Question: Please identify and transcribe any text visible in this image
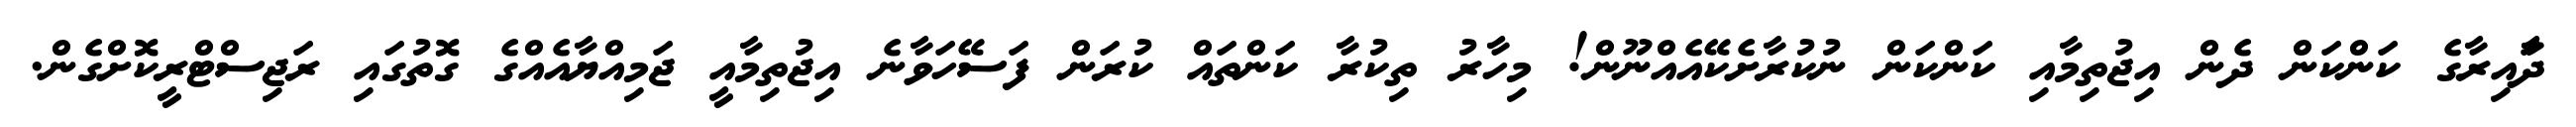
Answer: ދަާއިރާގެ ކަންކަން ދެން އިޖުތިމާއި ކަންކަން ނުކުރާށެކޭއެއްނޫން! މިހާރު ތިކުރާ ކަންތައް ކުރަން ފަސޭހަވާނެ އިޖުތިމާއީ ޖަމިއްޔާއެއްގެ ގޮތުގައި ރަޖިސްޓްރީކޮށްގެން.